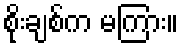
စိုးချစ်က မကြား။